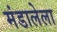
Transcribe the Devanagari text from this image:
मंडालेला